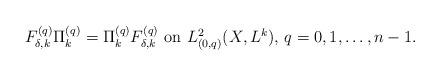
LaTeX: \begin{align*}\mbox{$F^{(q)}_{\delta,k}\Pi^{(q)}_k=\Pi^{(q)}_kF^{(q)}_{\delta,k}$ on $L^2_{(0,q)}(X,L^k)$, $q=0,1,\ldots,n-1$}.\end{align*}